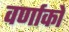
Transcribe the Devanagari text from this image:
वर्णाकों